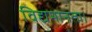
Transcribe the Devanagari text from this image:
विद्यमानता।